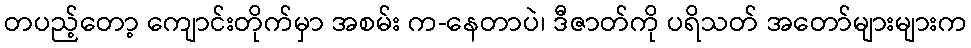
တပည့်တော့ ကျောင်းတိုက်မှာ အစမ်း က-နေတာပဲ၊ ဒီဇာတ်ကို ပရိသတ် အတော်များများက